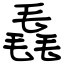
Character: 毳